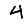
Digit: 4